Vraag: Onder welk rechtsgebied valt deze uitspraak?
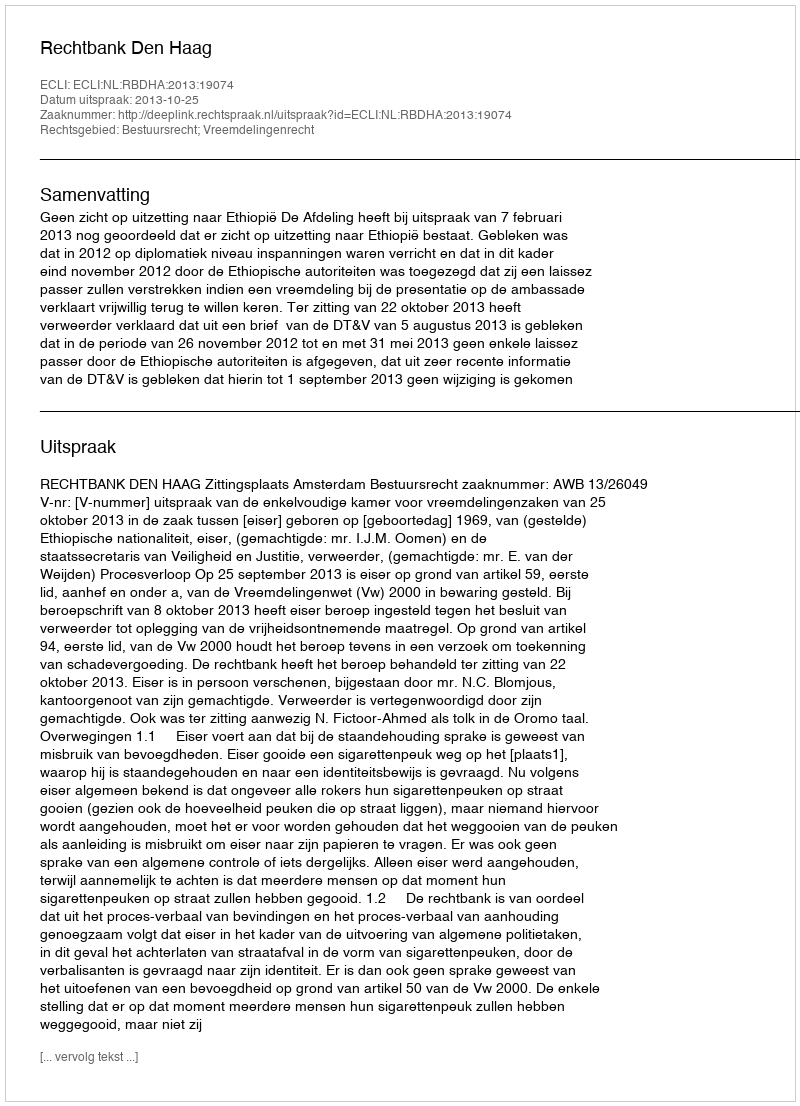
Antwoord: Bestuursrecht; Vreemdelingenrecht